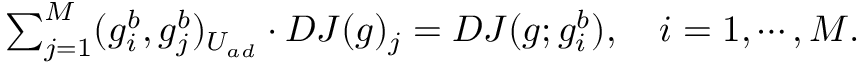
\begin{array} { r } { \sum _ { j = 1 } ^ { M } ( g _ { i } ^ { b } , g _ { j } ^ { b } ) _ { U _ { a d } } \cdot D J ( g ) _ { j } = D J ( g ; g _ { i } ^ { b } ) , \quad i = 1 , \cdots , M . } \end{array}